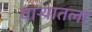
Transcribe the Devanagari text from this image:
वार्‍यातला